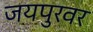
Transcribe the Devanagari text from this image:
जयपुरवर